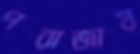
পরাজায়